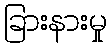
ခြားနားမှု